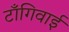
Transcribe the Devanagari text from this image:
टाँगिवाई